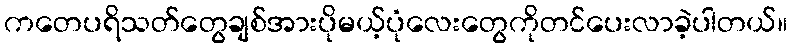
ကတေပရိသတ်တွေချစ်အားပိုမယ့်ပုံလေးတွေကိုတင်ပေးလာခဲ့ပါတယ်။